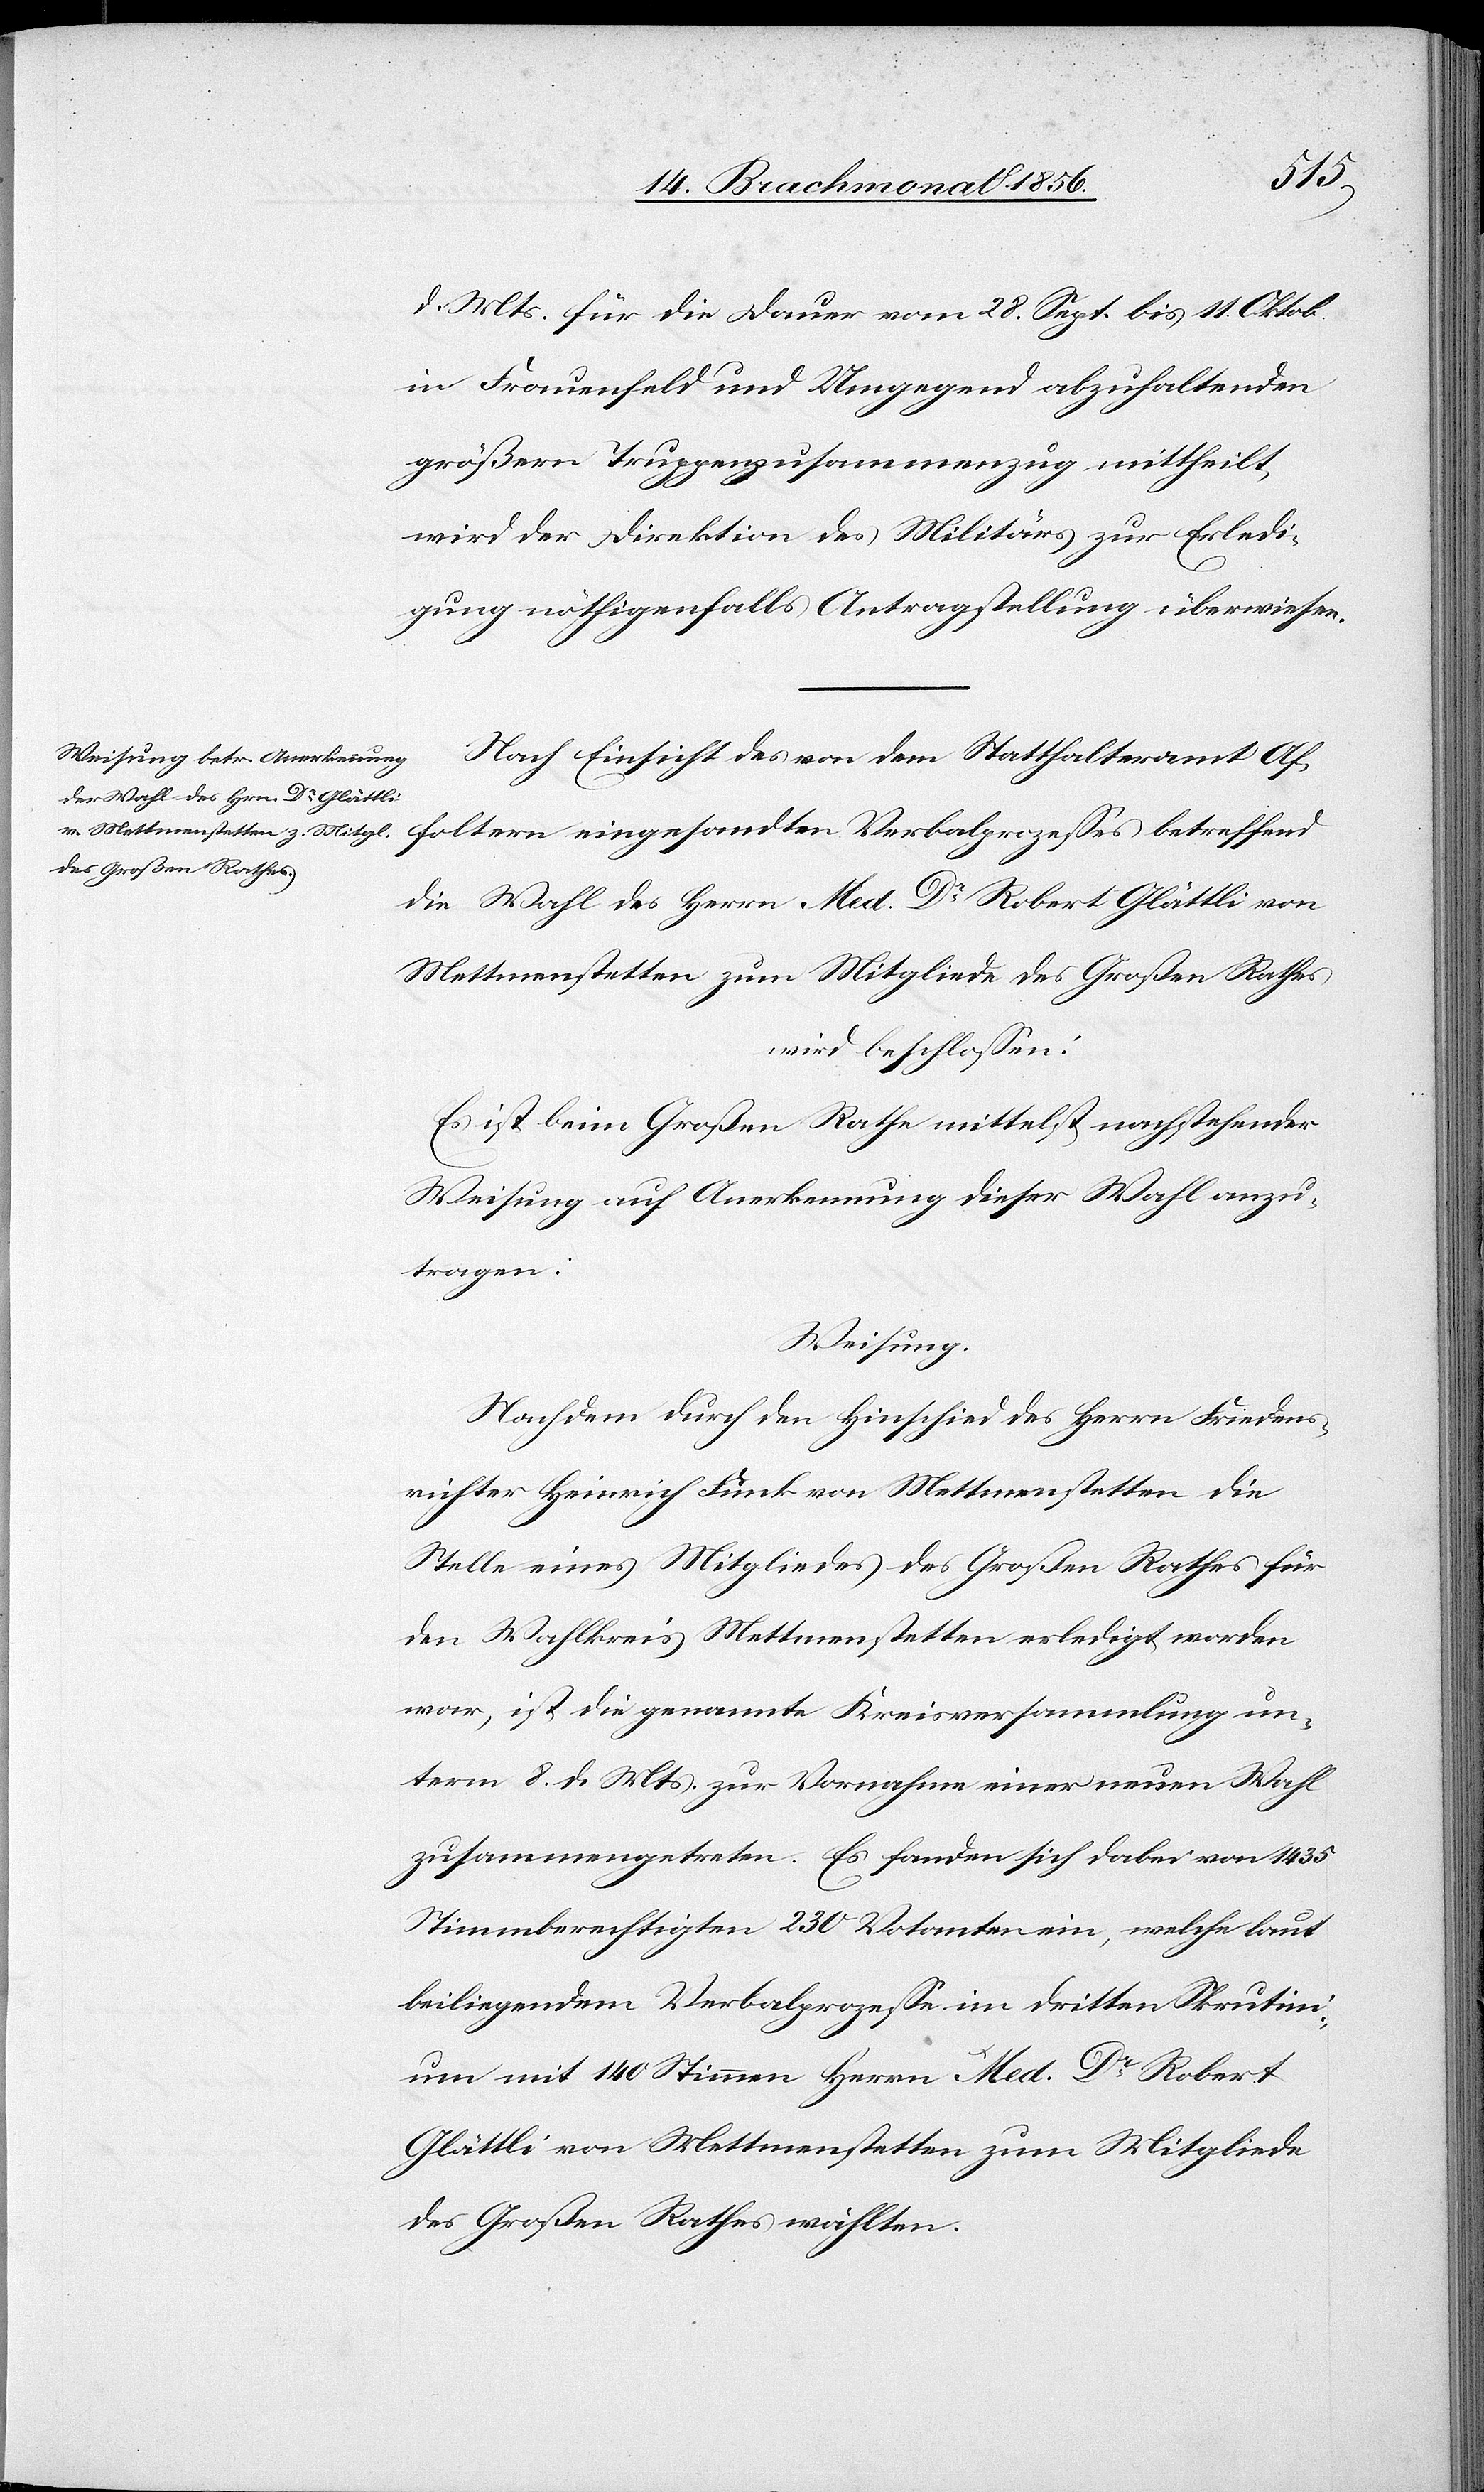
d. Mts. für die Dauer vom 28. Sept. bis 11. Oktob.
in Frauenfeld und Umgegend abzuhaltenden
größern Truppenzusammenzug mittheilt,
wird der Direktion des Militärs zur Erledi¬
gung nöthigenfalls Antragstellung überwiesen.
Nach Einsicht des von dem Statthalteramt Af¬
foltern eingesandten Verbalprozesses betreffend
die Wahl des Herrn Med. Dr Robert Glättli von
Mettmenstetten zum Mitgliede des Großen Rathes
wird beschlossen:
Es ist beim Großen Rathe mittelst nachstehender
Weisung auf Anerkennung dieser Wahl anzu¬
tragen:
Weisung.
Nachdem durch den Hinschied des Herrn Friedens¬
richter Heinrich Funk von Mettmenstetten die
Stelle eines Mitgliedes des Großen Rathes für
den Wahlkreis Mettmenstetten erledigt worden
war, ist die genannte Kreisversammlung un¬
term 8. d. Mts. zur Vornahme einer neuen Wahl
zusammengetreten. Es fanden sich dabei von 1435
Stimmberechtigten 230 Votanten ein, welche laut
beiliegendem Verbalprozesse im dritten Skrutini¬
um mit 140 Stimmen Herrn Med. Dr Robert
Glättli von Mettmenstetten zum Mitgliede
des Großen Rathes wählten.